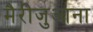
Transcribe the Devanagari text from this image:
मैरीजुआना